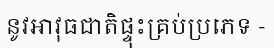
នូវអាវុធជាតិផ្ទុះគ្រប់ប្រភេទ -